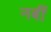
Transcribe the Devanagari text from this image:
नबीं